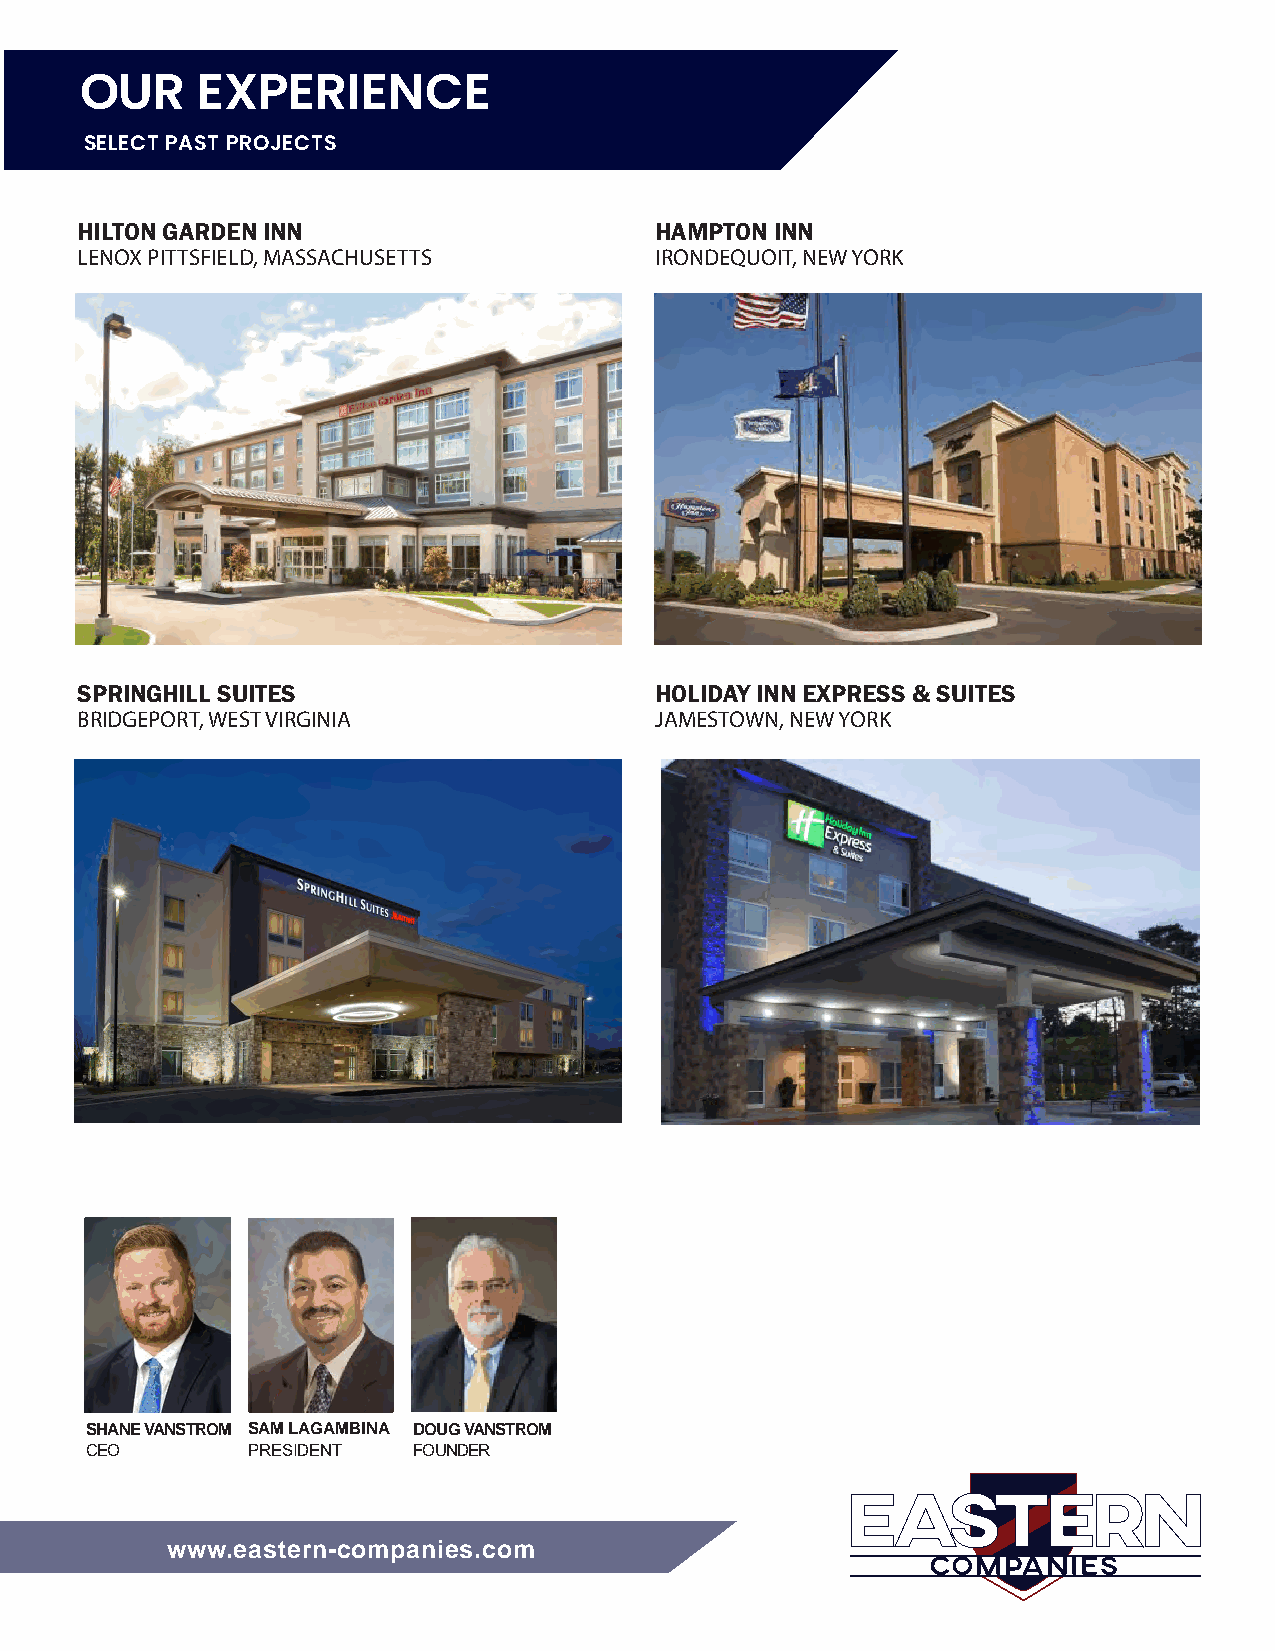
OUR     EXPERIENCE
 SELECT PAST PROJECTS
 HILTON GARDEN INN                     HAMPTON INN
 LENOX PITTSFIELD, MASSACHUSETTS       IRONDEQUOIT, NEW YORK
 SPRINGHILL SUITES                     HOLIDAY INN EXPRESS & SUITES
 BRIDGEPORT, WEST VIRGINIA             JAMESTOWN, NEW YORK
 SHANE VANSTROM SAM LAGAMBINA DOUG VANSTROM
 CEO       PRESIDENT  FOUNDER
 wwwwww..eeaasstteerrnn--ccoommppaanniieess..ccoomm
 EEAASSTTEERRNN
 CCOOMMPPAANNIIEESS